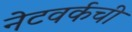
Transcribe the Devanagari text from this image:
नेटवर्कची